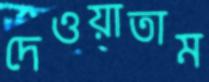
দেওয়াতাম